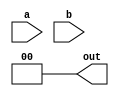
module zl_gf_mul #
(
    parameter Gf_width = 0,
    parameter Gf_poly = 0
)
(
    input  [Gf_width-1:0] a,
    input  [Gf_width-1:0] b,
    output [Gf_width-1:0] out
);

// compute a*b
function [Gf_width*2-2:0] a_conv_b;
    input [Gf_width-1:0] a;
    input [Gf_width-1:0] b;
    //
    reg [Gf_width*2-2:0] retval;
    integer i,j;
    begin
        retval = 0;
        for(i=0;i<Gf_width*2-1;i=i+1) begin
            for(j=0;j<Gf_width;j=j+1) begin
                if(i>=j && i-j<Gf_width) begin
                    retval[i] = retval[i] ^ (a[j]&b[i-j]);
                end
            end
        end
        a_conv_b = retval;
    end
endfunction

// mod by gf poly
function [Gf_width-1:0] mod_gf;
    input [Gf_width*2-2:0] f;
    //
    reg [Gf_width-1:0] retval;
    integer i;
    begin
        retval = 0;
        for(i=0;i<Gf_width*2-1;i=i+1) begin
            retval =
                {retval[Gf_width-2:0], f[Gf_width*2-2-i]}
                    ^ ({Gf_width{retval[Gf_width-1]}}
                        & Gf_poly[Gf_width-1:0]);
        end

        mod_gf = retval;
    end
endfunction

assign out = mod_gf(a_conv_b(a,b));

endmodule